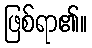
ဖြစ်ရာ၏။